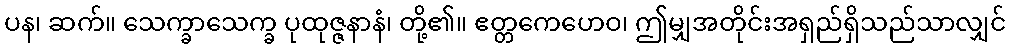
ပန၊ ဆက်။ သေက္ခာသေက္ခ ပုထုဇ္ဇနာနံ၊ တို့၏။ ဧတ္တကေဟေဝ၊ ဤမျှအတိုင်းအရှည်ရှိသည်သာလျှင်